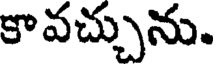
కావచ్చును.